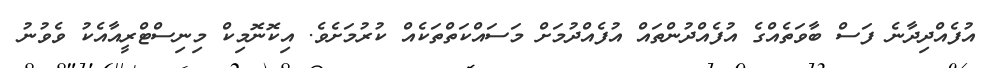
އުފެއްދިދާނެ ފަސް ބާވަތެއްގެ އުފެއްދުންތައް އުފެއްދުމަށް މަސައްކަތްތަކެއް ކުރުމަށެވެ. އިކޮނޮމިކް މިނިސްޓްރީއާއެކު ވެވުނު